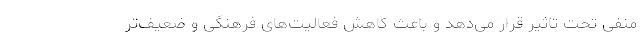
منفی تحت تاثیر قرار می‌دهد و باعث کاهش فعالیت‌های فرهنگی و ضعیف‌تر